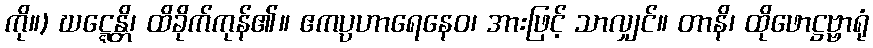
ကို။) ဃဋ္ဋေန္တိ၊ ထိခိုက်ကုန်၏။ ဧကပ္ပဟာရေနေဝ၊ အားဖြင့် သာလျှင်။ တာနိ၊ ထိုဖောဋ္ဌဗ္ဗာရုံ